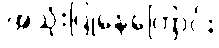
အသုံးပြုနေကြောင်း